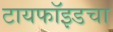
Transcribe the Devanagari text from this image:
टायफॉइडचा